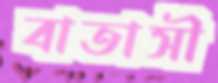
বাতাসী